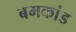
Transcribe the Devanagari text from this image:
बमकांड